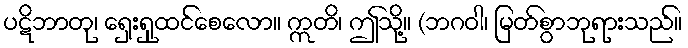
ပဋိဘာတု၊ ရှေးရှုထင်စေလော။ ဣတိ၊ ဤသို့။ (ဘဂဝါ၊ မြတ်စွာဘုရားသည်။